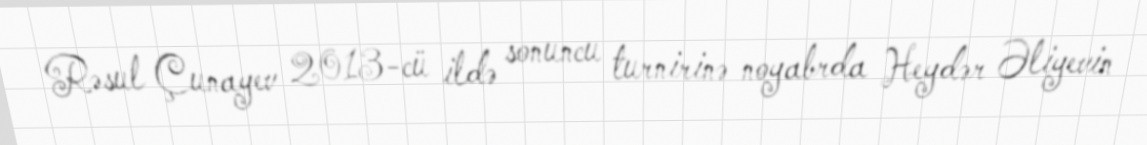
Rəsul Çunayev 2013-cü ildə sonuncu turnirinə noyabrda Heydər Əliyevin